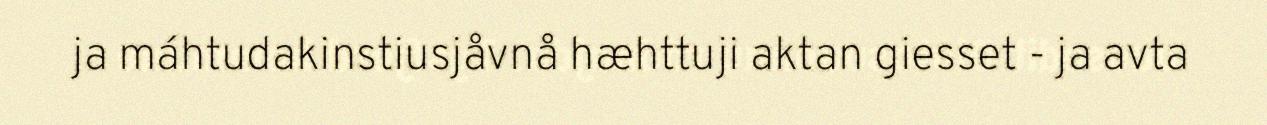
ja máhtudakinstiusjåvnå hæhttuji aktan giesset - ja avta